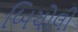
બિચોલી